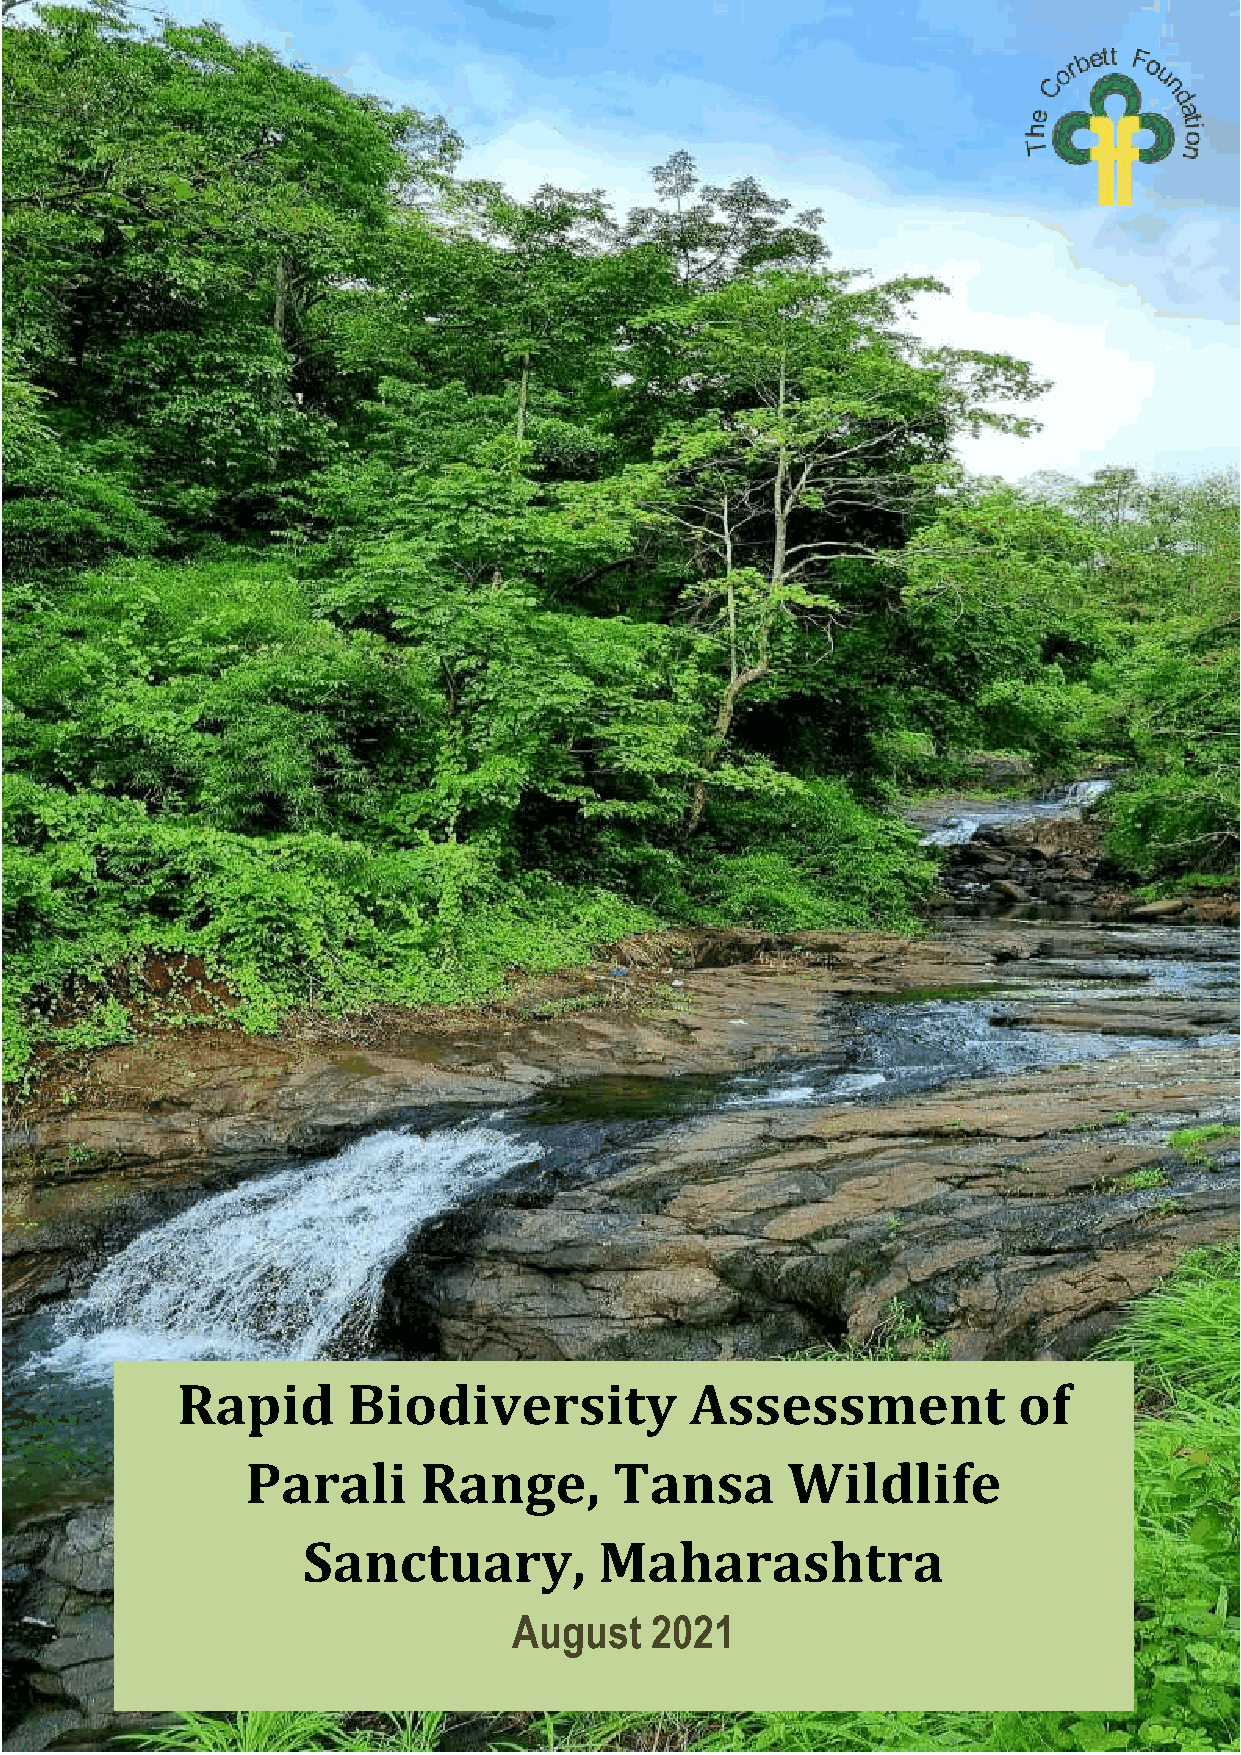
Rapid      Biodiversity           Assessment           of
 Parali      Range,       Tansa      Wildlife
 Sanctuary,          Maharashtra
 August   2021
 Rapid Biodiversity Assessment of Parali Range, Tansa Wildlife Sanctuary, Maharashtra 0